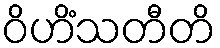
ဝိဟိံသတီတိ